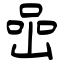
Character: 喦